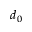
d _ { 0 }